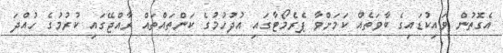
އެގޮތުން ވައިކުޑައިގެ ބާވަތެއް ކަމަށްވާ ޕެރެމޯޓާގައި އުދުހުމުގެ ކަންތައްތައް ރާއްޖޭގައި ކުރުމުގެ ހުއްދަ